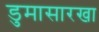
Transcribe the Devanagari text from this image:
डुमासारखा